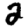
Digit: 2